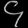
Digit: ၄